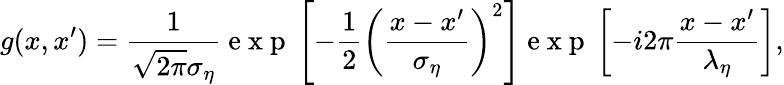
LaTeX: g(x,x^{\prime})=\frac{1}{\sqrt{2\pi}\sigma_{\eta}}\mathrm{~e~x~p~}\left[-\frac{1}{2}\left(\frac{x-x^{\prime}}{\sigma_{\eta}}\right)^{2}\right]\mathrm{~e~x~p~}\left[-i2\pi\frac{x-x^{\prime}}{\lambda_{\eta}}\right],